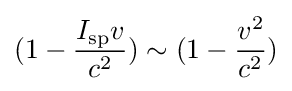
(1-{\frac {I_{\text{sp}}v}{c^{2}}})\sim (1-{\frac {v^{2}}{c^{2}}})